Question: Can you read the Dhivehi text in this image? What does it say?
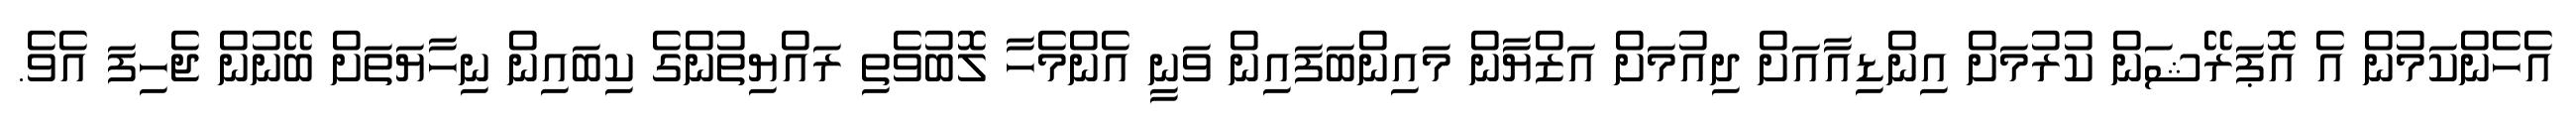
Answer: އެހެންކަމުން އެ އޮޕަރޭޝަން ކުރުމަށް އިންޑިއާއަށް ދިއުމަށް އަޒްޔާން މައިންބަފައިން ވަނީ އެންމެހާ ލޮބުވެތި ރައްޔިތުންގެ ކިބައިން ނިހާޔަތަށް ބޭނުން ޖެހިފަ އެވެ.